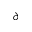
^ \partial